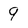
Character: 9